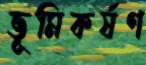
ভূমিকর্ষণ